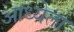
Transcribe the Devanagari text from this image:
आध्येता